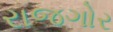
રાજગોર